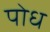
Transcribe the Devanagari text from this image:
पोध